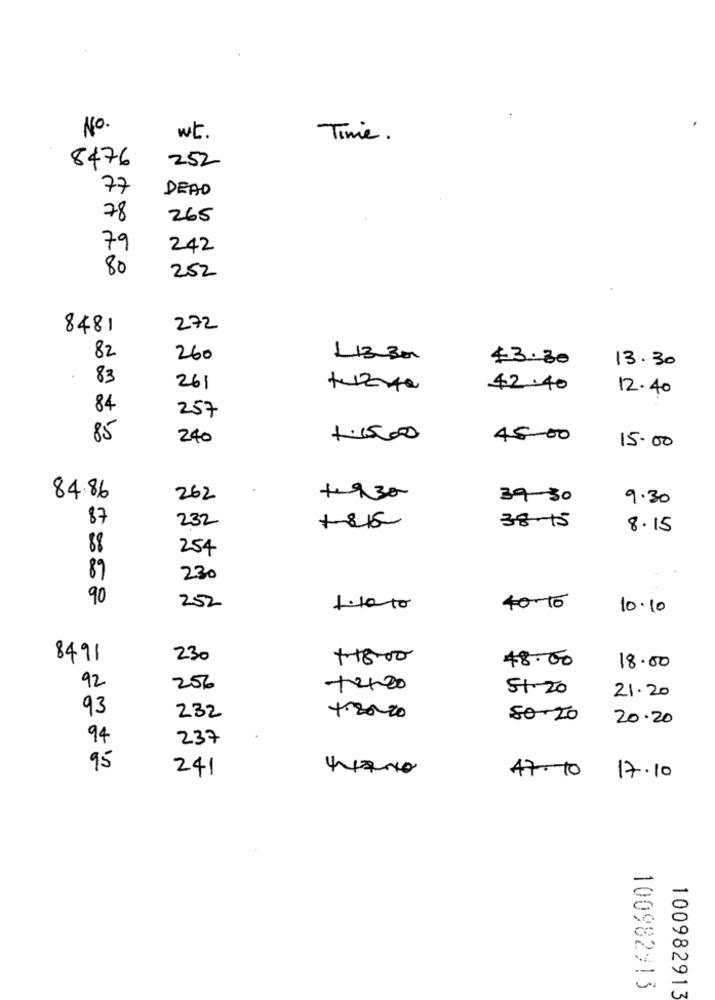
No.
wt.
Time .
8476
252
77
DEAD
78
265
79
242
80
252
8481
272
82
260
L13-Ban
$3.30
13.30
83
261
42.40
12.40
84
257
85
240
1.15.000
45 00
15.00
84.86
262
+1930
39-30
9.30
87
232
+815
38-15
8.15
88
254
89
230
90
252
40-16
10.10
8491
230
+1800
48.00
18.00
92
256
+420
51-20
21.20
93
232
50-20
20.20
94
237
95
241
44200
47.10
17.10
100982913
100982913